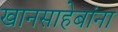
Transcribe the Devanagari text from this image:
खानसाहेबांना